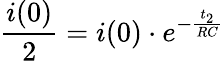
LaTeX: \frac{i(0)}{2}=i(0)\cdot e^{-\frac{t_{2}}{RC}}